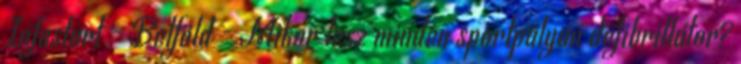
Infostart - Belföld - Mikor lesz minden sportpályán defibrillátor?